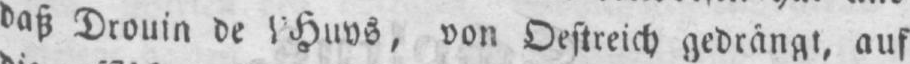
daß Drouin de l’Huys, von Oestreich gedrängt, auf